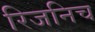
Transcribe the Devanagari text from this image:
रिजनिच